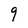
Character: 9